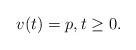
LaTeX: \begin{align*}v(t)=p, t\geq 0.\end{align*}